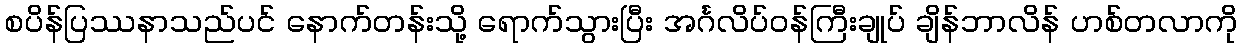
စပိန်ပြဿနာသည်ပင် နောက်တန်းသို့ ရောက်သွားပြီး အင်္ဂလိပ်ဝန်ကြီးချုပ် ချိန်ဘာလိန် ဟစ်တလာကို